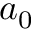
a _ { 0 }